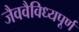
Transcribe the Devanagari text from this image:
जैववैविध्यपूर्ण